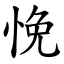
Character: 悗